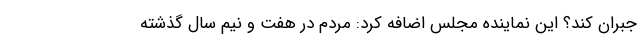
جبران کند؟ این نماینده مجلس اضافه کرد: مردم در هفت و نیم سال گذشته